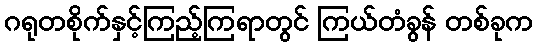
ဂရုတစိုက်နှင့်ကြည့်ကြရာတွင် ကြယ်တံခွန် တစ်ခုက